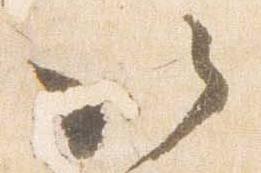
以